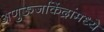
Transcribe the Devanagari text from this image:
अणुऊर्जाकेंद्रांमध्ये